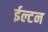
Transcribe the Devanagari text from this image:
ईल्टन